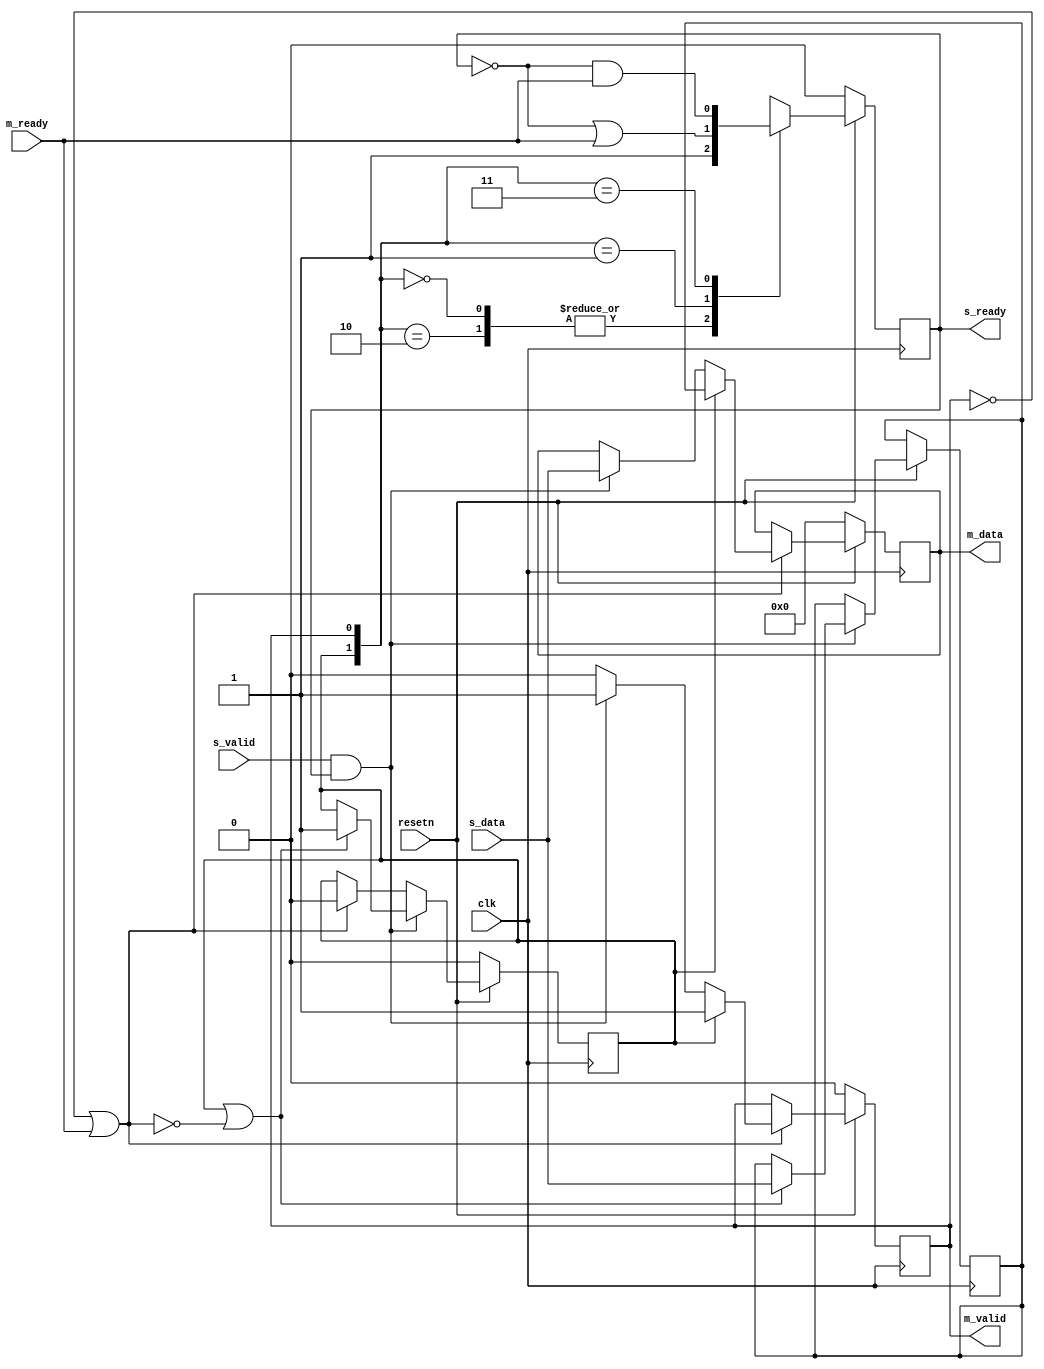
module scaler_relay # (
	parameter integer C_DATA_WIDTH = 12,
	parameter integer C_PASSTHROUGH   = 0
) (
	input wire clk,
	input wire resetn,

	input  wire                    s_valid,
	input  wire [C_DATA_WIDTH-1:0] s_data ,
	output wire                    s_ready,

	output wire                    m_valid,
	output wire [C_DATA_WIDTH-1:0] m_data ,
	input  wire                    m_ready
);
generate
if (C_PASSTHROUGH) begin
	assign m_valid = s_valid;
	assign m_data  = s_data;
	assign s_ready = m_ready;
end
else begin
	reg                    relay_valid[1:0];
	reg [C_DATA_WIDTH-1:0] relay_data [1:0];

	wire snext;
	assign snext = s_valid && s_ready;
	assign m_valid = relay_valid[0];
	assign m_data  = relay_data[0];
	wire mneed;
	assign mneed = ~relay_valid[0] || m_ready;

	always @ (posedge clk) begin
		if (resetn == 1'b0) begin
			relay_valid[1] <= 0;
		end
		else if (snext) begin
			if (relay_valid[1] || ~mneed) begin
				relay_valid[1] <= 1;
				relay_data[1]  <= s_data;
			end
		end
		else if (mneed) begin
			relay_valid[1] <= 0;
		end
	end

	always @ (posedge clk) begin
		if (resetn == 1'b0) begin
			relay_valid[0] <= 0;
			relay_data [0] <= 0;
		end
		else if (mneed) begin
			if (relay_valid[1]) begin
				relay_valid[0] <= 1;
				relay_data [0] <= relay_data[1];
			end
			else if (snext) begin
				relay_valid[0] <= 1;
				relay_data [0] <= s_data;
			end
			else begin
				relay_valid[0] <= 0;
			end
		end
	end

	reg r_sready;
	assign s_ready = r_sready;
	always @ (posedge clk) begin
		if (resetn == 1'b0)
			r_sready <= 0;
		else begin
			case ({relay_valid[1], relay_valid[0]})
			2'b00, 2'b10:
				r_sready <= 1;
			2'b01:
				r_sready <= (~r_sready || m_ready);
			2'b11:
				r_sready <= (~r_sready && m_ready);
			endcase
		end
	end
end
endgenerate

endmodule